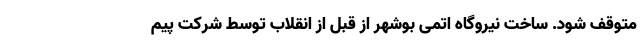
متوقف شود. ساخت نیروگاه اتمی بوشهر از قبل از انقلاب توسط شرکت پیم